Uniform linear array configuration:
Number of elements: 8
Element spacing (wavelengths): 0.25
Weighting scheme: cosine
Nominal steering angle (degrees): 0
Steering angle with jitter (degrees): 0.2661
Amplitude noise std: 0.05
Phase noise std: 0.05

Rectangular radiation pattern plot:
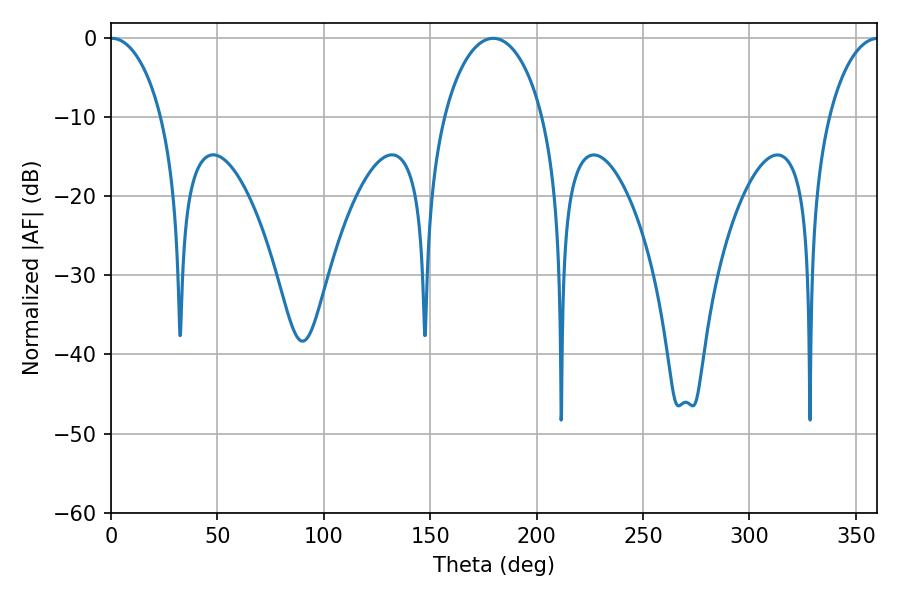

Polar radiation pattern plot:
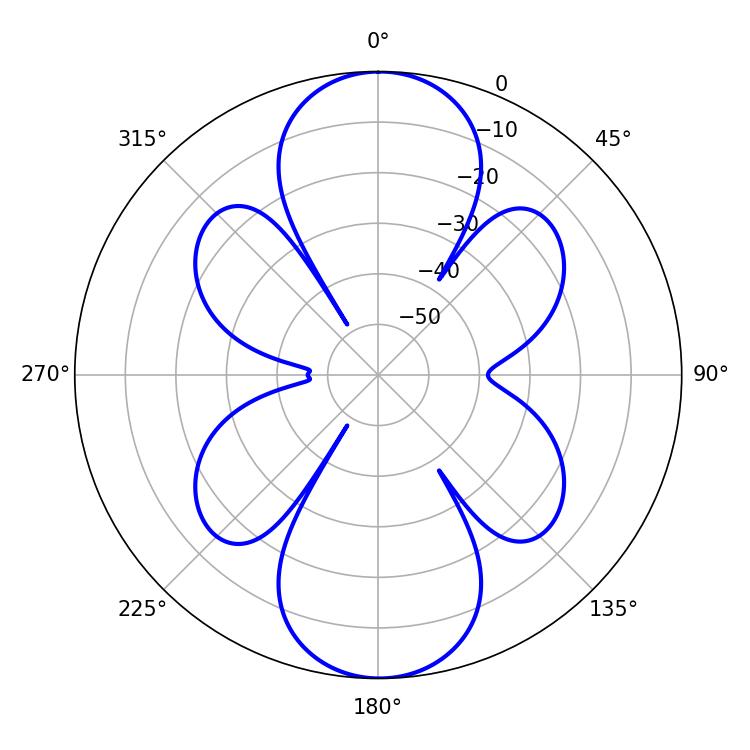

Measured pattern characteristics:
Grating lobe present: FALSE
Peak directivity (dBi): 24.078
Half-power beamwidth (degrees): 13.68
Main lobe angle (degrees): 0.36